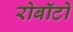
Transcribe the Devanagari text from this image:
रोबॉटो